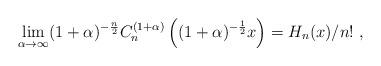
LaTeX: \begin{align*}\lim_{\alpha\to\infty}(1+\alpha)^{-\frac{n}{2}}C_n^{(1+\alpha)}\left((1+\alpha)^{-\frac{1}{2}}x\right)=H_n(x)/n!\ ,\end{align*}